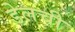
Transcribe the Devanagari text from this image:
डेलची